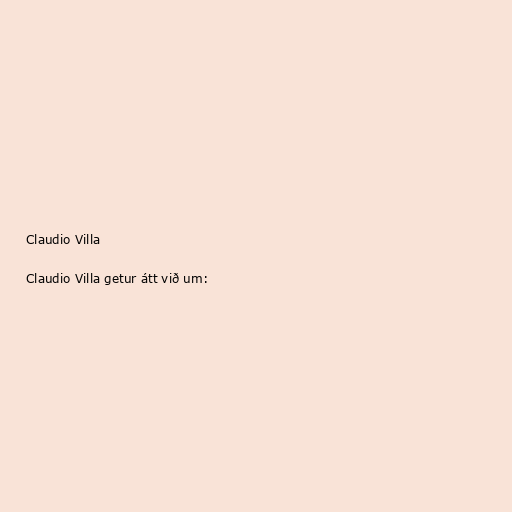
Claudio Villa

Claudio Villa getur átt við um: